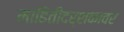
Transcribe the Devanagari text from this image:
माहितीदर्शकावर